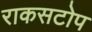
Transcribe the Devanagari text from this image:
राकसटोप